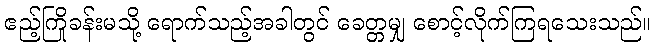
ဧည့်ကြိုခန်းမသို့ ရောက်သည့်အခါတွင် ခေတ္တမျှ စောင့်လိုက်ကြရသေးသည်။